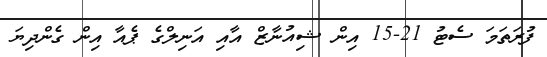
ފުރަތަަމަ ސެޓު 21-15 އިން ޝިއުނާޒް އާއި އަނިލްގެ ޕެއާ އިން ގެންދިޔަ